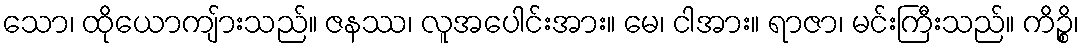
သော၊ ထိုယောကျ်ားသည်။ ဇနဿ၊ လူအပေါင်းအား။ မေ၊ ငါအား။ ရာဇာ၊ မင်းကြီးသည်။ ကိဉ္စိ၊